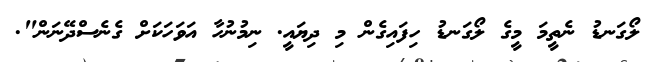
ލޯގަނޑު ނެތީމަ މީގެ ލޯގަނޑު ހިފައިގެން މި ދިޔައީ. ނިމުނުހާ އަވަހަކަށް ގެނެސްދޭނަން".